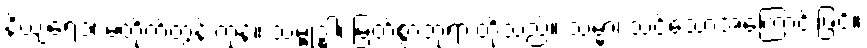
နိယျရေ၁၊ မတိုက်တွန်းကုန်။ သမ္ဗုဒ္ဓါ၊ မြတ်စွာဘုရားတို့သည်။ သမ္မာ၊ သင့်သောအကြောင်းဖြင့်။